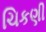
ચિકણી